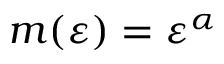
m ( \varepsilon ) = \varepsilon ^ { \alpha }